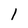
Character: 1